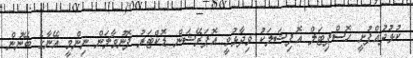
ކުޅުދުއްފުށީ ހޮސްޕިޓަލް އޮފިޝަލަކު ވިދާޅުވީ އޮޕަރޭޝަން ޑޮކްޓަރު ފޮނުވާލަން ނިންމީ އޭނާގެ ބޭނުން